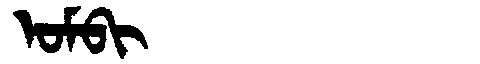
Manchu: ᠣᠮᠪᡳ
Romanization: OMBI